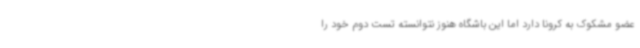
عضو مشکوک به کرونا دارد اما این باشگاه هنوز نتوانسته تست دوم خود را